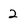
Character: 2